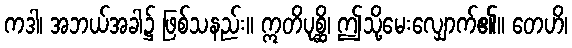
ကဒါ၊ အဘယ်အခါ၌ ဖြစ်သနည်း။ ဣတိပုစ္ဆိ၊ ဤသို့မေးလျှောက်၏။ တေဟိ၊